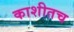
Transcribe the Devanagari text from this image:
काशीतच